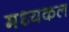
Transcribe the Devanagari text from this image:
मध्यकल